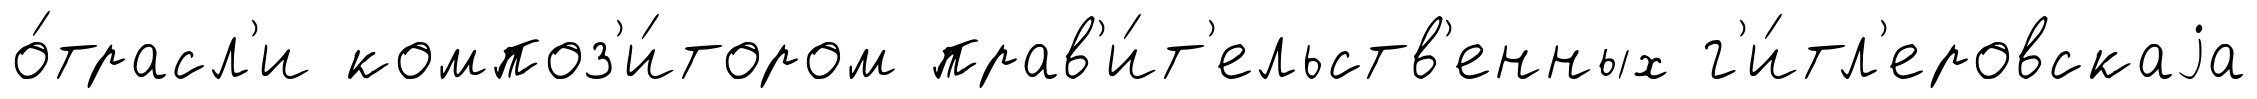
о́трасл'и композ'и́тором прав'и́т'ельств'енных г'и́тл'еровскаjа